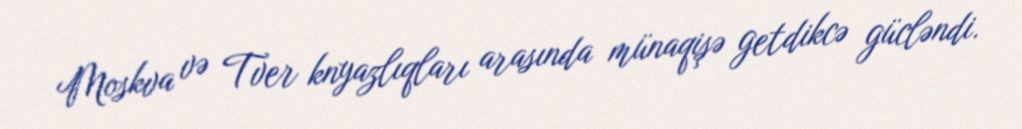
Moskva və Tver knyazlıqları arasında münaqişə getdikcə gücləndi.